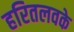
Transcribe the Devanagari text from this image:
हरितलवके